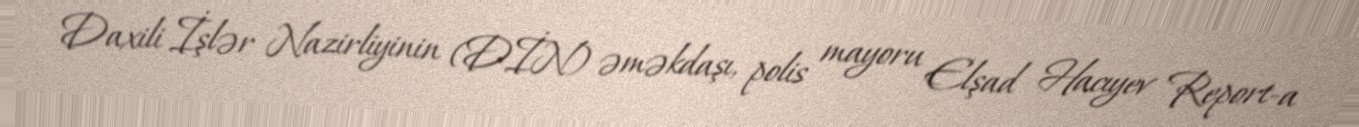
Daxili İşlər Nazirliyinin (DİN) əməkdaşı, polis mayoru Elşad Hacıyev Report-a